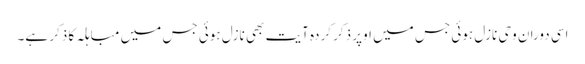
اسی دوران وحی نازل ہوئی جس میں اوپر ذکر کردہ آیت بھی نازل ہوئی جس میں مباہلہ کا ذکر ہے۔